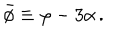
\bar { \phi } \equiv \varphi - 3 \alpha \, .